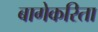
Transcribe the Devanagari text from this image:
बागेकरिता